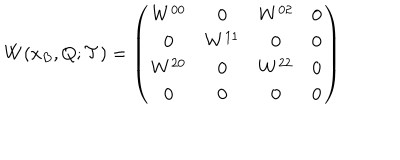
W ( x _ { B } , Q ; { \mathcal T } ) = \left( \begin{array} { c c c c } { { W ^ { 0 0 } } } & { { 0 } } & { { W ^ { 0 2 } } } & { { 0 } } \\ { { 0 } } & { { W ^ { 1 1 } } } & { { 0 } } & { { 0 } } \\ { { W ^ { 2 0 } } } & { { 0 } } & { { W ^ { 2 2 } } } & { { 0 } } \\ { { 0 } } & { { 0 } } & { { 0 } } & { { 0 } } \\ \end{array} \right)